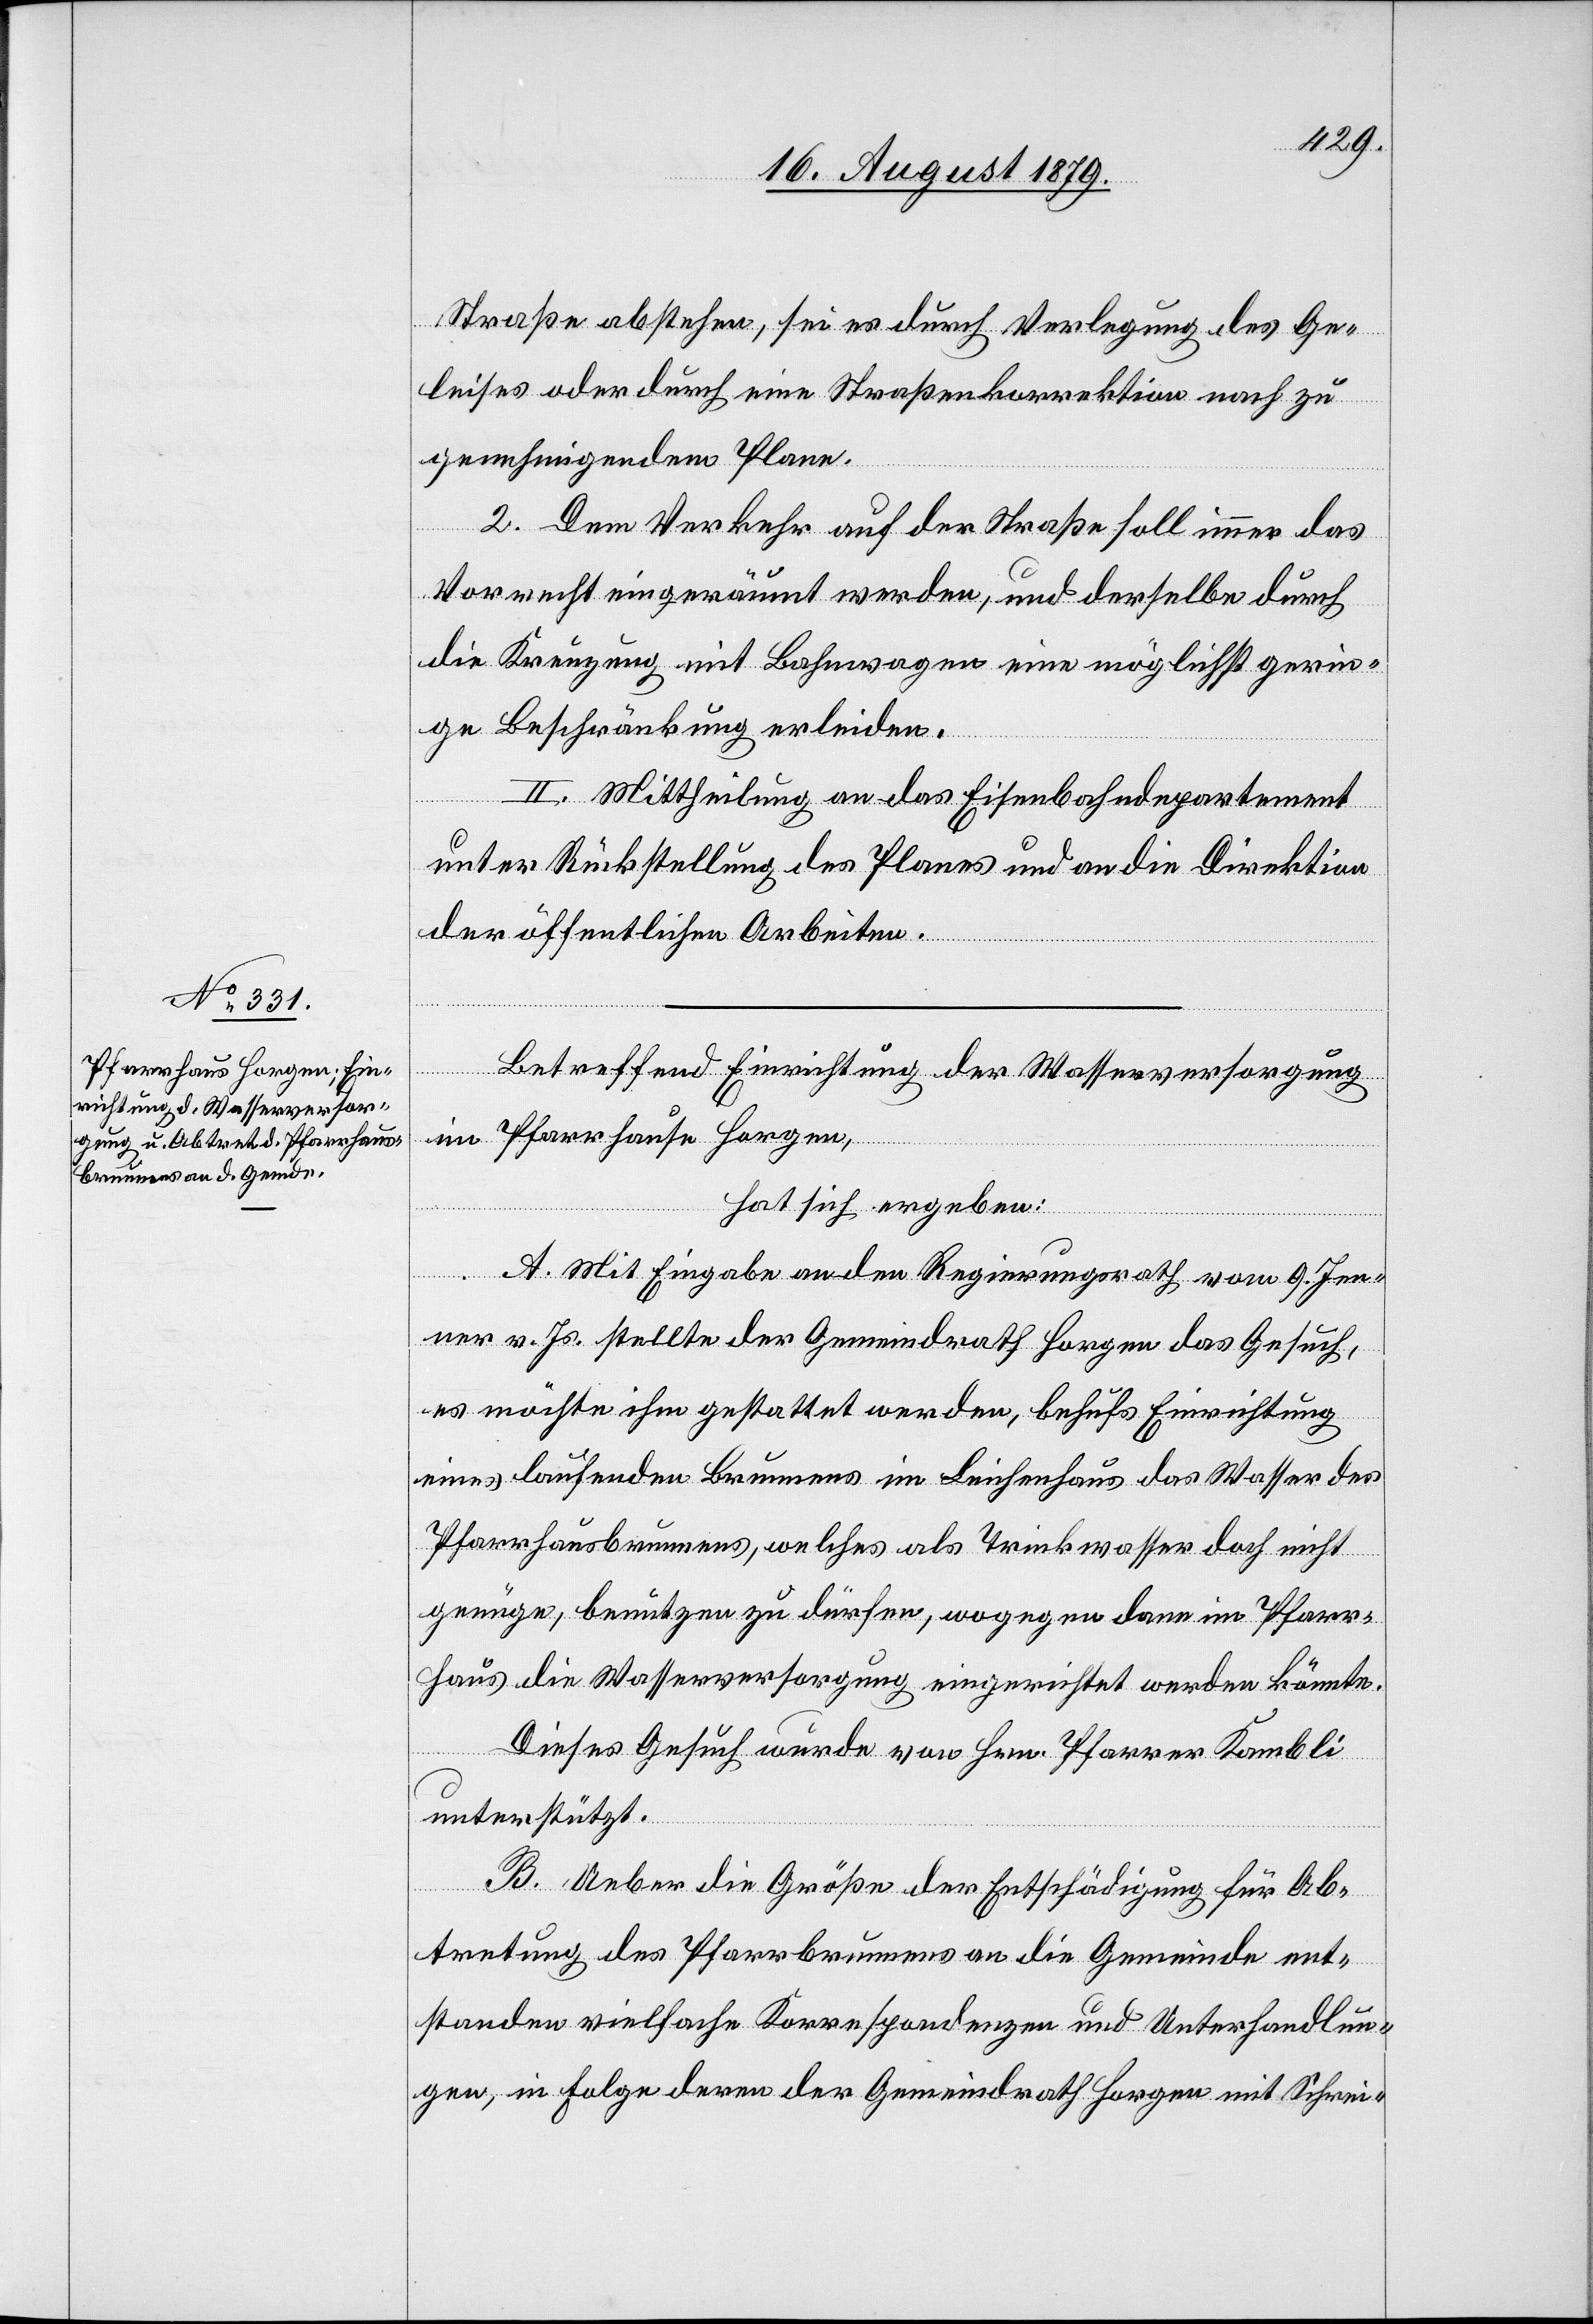
Straße abstehen, sei es durch Verlegung des Ge¬
leises oder durch eine Straßenkorrektion nach zu
genehmigendem Plane.
2. Dem Verkehr auf der Straße soll immer das
Vorrecht eingeräumt werden, und derselbe durch
die Kreuzung mit Bahnwagen eine möglichst gerin¬
ge Beschränkung erleiden.
II. Mittheilung an das Eisenbahndepartement
unter Rückstellung des Planes und an die Direktion
der öffentlichen Arbeiten.
Betreffend Einrichtung der Wasserversorgung
im Pfarrhause Horgen,
hat sich ergeben:
A. Mit Eingabe an den Regierungsrath vom 9. Jen¬
ner v. Js. stellte der Gemeindrath Horgen das Gesuch,
es möchte ihm gestattet werden, behufs Einrichtung
eines laufenden Brunnens im Leichenhaus das Wasser des
Pfarrhausbrunnens, welches als Trinkwasser doch nicht
genüge, benützen zu dürfen, wogegen dann im Pfarr¬
haus die Wasserversorgung eingerichtet werden könnte.
Dieses Gesuch wurde von Hrn. Pfarrer Kambli
unterstützt.
B. Ueber die Größe der Entschädigung für Ab¬
tretung des Pfarrbrunnens an die Gemeinde ent¬
standen vielfache Korrespondenzen und Unterhandlun¬
gen, in Folge deren der Gemeindrath Horgen mit Schrei-